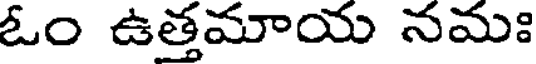
ఓం ఉత్తమాయ నమః